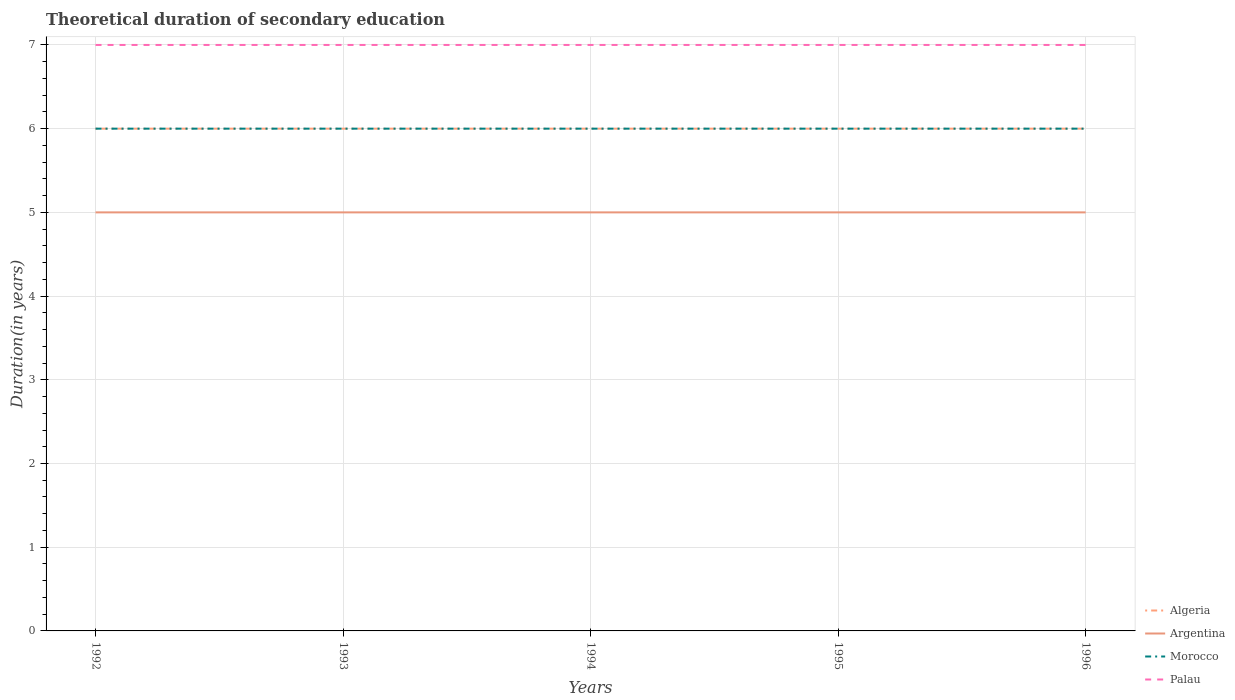
| Years | Algeria | Argentina | Morocco | Palau |
 | --- | --- | --- | --- | --- |
 | 1992 | 6 | 5 | 6 | 7 |
 | 1993 | 6 | 5 | 6 | 7 |
 | 1994 | 6 | 5 | 6 | 7 |
 | 1995 | 6 | 5 | 6 | 7 |
 | 1996 | 6 | 5 | 6 | 7 |